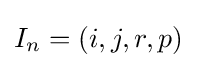
I_{n}=(i,j,r,p)